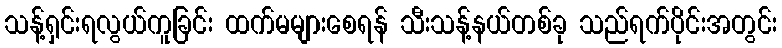
သန့်ရှင်းရလွယ်ကူခြင်း ထက်မများစေရန် သီးသန့်နယ်တစ်ခု သည်ရက်ပိုင်းအတွင်း